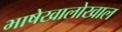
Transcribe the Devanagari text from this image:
भाषेखालोखाल